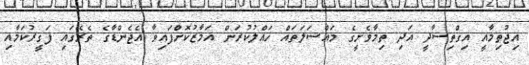
އިޖުތިމާއީ އިގްތިސާދީ އަދި ތިމާވެށީގެ މައްސަލަތައް ހައްލުކުރަން އަމާޒުކޮށްފައިވާ އެޖެންޑާގެ ތެރޭގައި ފަގީރުކަމާއި